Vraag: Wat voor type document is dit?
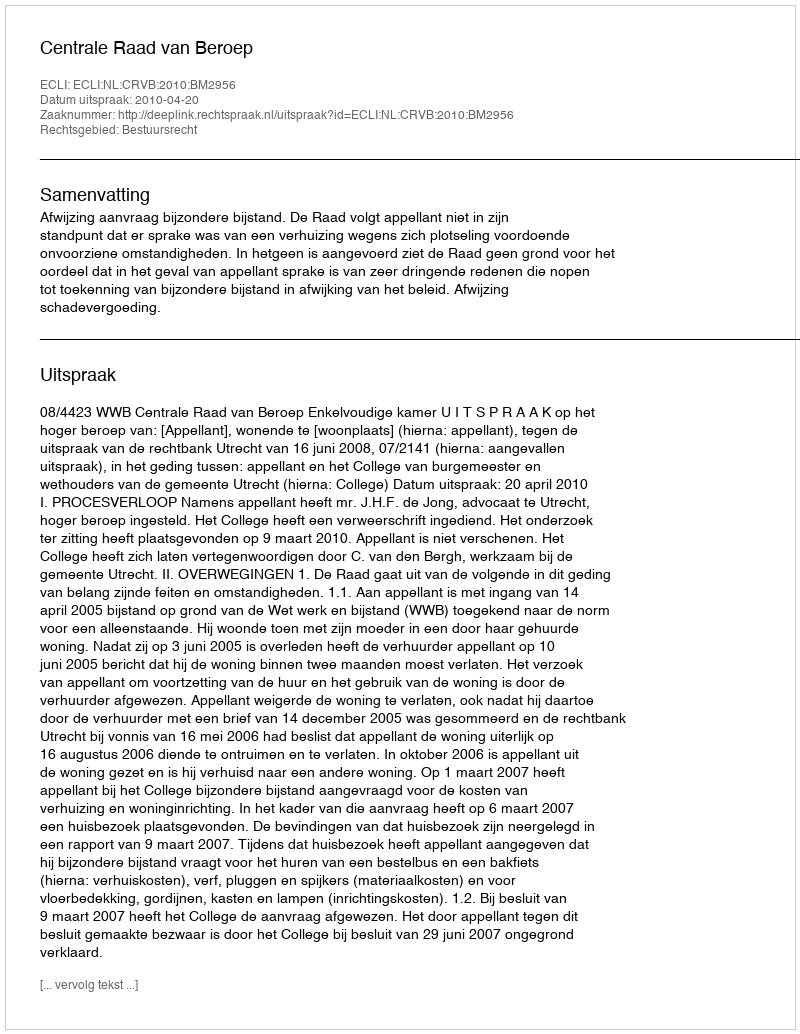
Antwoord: Uitspraak